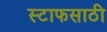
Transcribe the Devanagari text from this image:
स्टाफसाठी